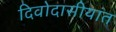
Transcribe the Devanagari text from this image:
दिवोदासीयांत